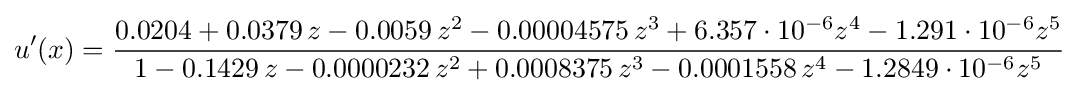
u'(x)={\frac {0.0204+0.0379\,z-0.0059\,z^{2}-0.00004575\,z^{3}+6.357\cdot 10^{-6}z^{4}-1.291\cdot 10^{-6}z^{5}}{1-0.1429\,z-0.0000232\,z^{2}+0.0008375\,z^{3}-0.0001558\,z^{4}-1.2849\cdot 10^{-6}z^{5}}}